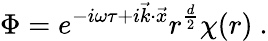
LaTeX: \Phi=e^{-i\omega\tau+i\vec{k}\cdot\vec{x}}r^{\frac{d}{2}}\chi(r)\ .